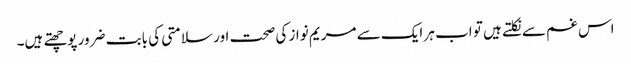
اس غم سے نکلتے ہیں تو اب ہر ایک سے مریم نواز کی صحت اور سلامتی کی بابت ضرور پوچھتے ہیں۔